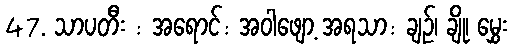
47. သာပတီး : အရောင်: အဝါဖျော့ အရသာ: ချဉ်၊ ချို၊ မွှေး